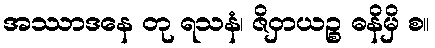
အဿာဒနေ တု ရသနံ၊ ဇိဝှာယဉ္စ ဓနိမှိ စ။